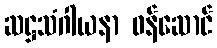
ဆဋ္ဌသံဂါယနာ ဝန်ဆောင်